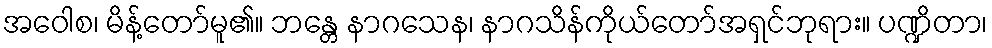
အဝေါစ၊ မိန့်တော်မူ၏။ ဘန္တေ နာဂသေန၊ နာဂသိန်ကိုယ်တော်အရှင်ဘုရား။ ပဏ္ဍိတာ၊